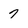
Character: 7